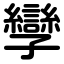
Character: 孿